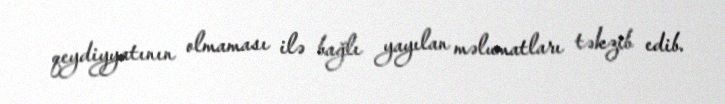
qeydiyyatının olmaması ilə bağlı yayılan məlumatları təkzib edib.